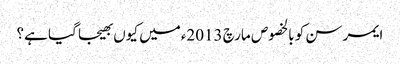
ایمرسن کو بالخصوص مارچ 2013ءمیں کیوں بھیجا گیا ہے؟